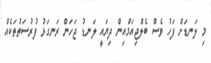
މި ލަނޑަށް ފަހު ވެސް ބެލްޖިއަމްއިން ދިޔައީ ލަނޑު ޖަހަން ރަނގަޅު ފުރުސަތުތަކެއް